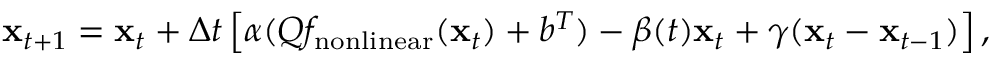
{ \bf x } _ { t + 1 } = { \bf x } _ { t } + \Delta t \left[ \alpha ( Q f _ { \mathrm { n o n l i n e a r } } ( { \bf x } _ { t } ) + b ^ { T } ) - \beta ( t ) { \bf x } _ { t } + \gamma ( { \bf x } _ { t } - { \bf x } _ { t - 1 } ) \right] ,